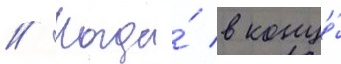
// Когда́ в конце́